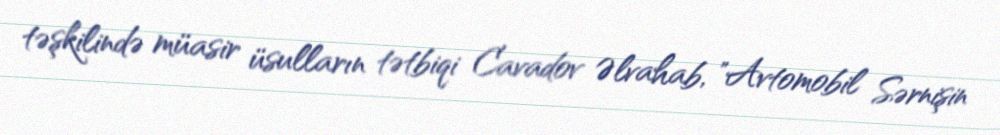
təşkilində müasir üsulların tətbiqi Cavadov Əlvahab, "Avtomobil Sərnişin